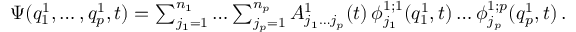
\begin{array} { r } { \Psi ( q _ { 1 } ^ { 1 } , \ldots , q _ { p } ^ { 1 } , t ) = \sum _ { j _ { 1 } = 1 } ^ { n _ { 1 } } \ldots \sum _ { j _ { p } = 1 } ^ { n _ { p } } A _ { j _ { 1 } \ldots j _ { p } } ^ { 1 } ( t ) \, \phi _ { j _ { 1 } } ^ { 1 ; 1 } ( q _ { 1 } ^ { 1 } , t ) \ldots \phi _ { j _ { p } } ^ { 1 ; p } ( q _ { p } ^ { 1 } , t ) \, . } \end{array}